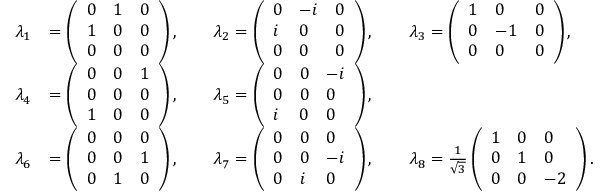
\begin{array} { r l } { \lambda _ { 1 } } & { = \left( \begin{array} { l l l } { 0 } & { 1 } & { 0 } \\ { 1 } & { 0 } & { 0 } \\ { 0 } & { 0 } & { 0 } \end{array} \right) , \qquad \lambda _ { 2 } = \left( \begin{array} { l l l } { 0 } & { - i } & { 0 } \\ { i } & { 0 } & { 0 } \\ { 0 } & { 0 } & { 0 } \end{array} \right) , \qquad \lambda _ { 3 } = \left( \begin{array} { l l l } { 1 } & { 0 } & { 0 } \\ { 0 } & { - 1 } & { 0 } \\ { 0 } & { 0 } & { 0 } \end{array} \right) , } \\ { \lambda _ { 4 } } & { = \left( \begin{array} { l l l } { 0 } & { 0 } & { 1 } \\ { 0 } & { 0 } & { 0 } \\ { 1 } & { 0 } & { 0 } \end{array} \right) , \qquad \lambda _ { 5 } = \left( \begin{array} { l l l } { 0 } & { 0 } & { - i } \\ { 0 } & { 0 } & { 0 } \\ { i } & { 0 } & { 0 } \end{array} \right) , } \\ { \lambda _ { 6 } } & { = \left( \begin{array} { l l l } { 0 } & { 0 } & { 0 } \\ { 0 } & { 0 } & { 1 } \\ { 0 } & { 1 } & { 0 } \end{array} \right) , \qquad \lambda _ { 7 } = \left( \begin{array} { l l l } { 0 } & { 0 } & { 0 } \\ { 0 } & { 0 } & { - i } \\ { 0 } & { i } & { 0 } \end{array} \right) , \qquad \lambda _ { 8 } = \frac { 1 } { \sqrt { 3 } } \left( \begin{array} { l l l } { 1 } & { 0 } & { 0 } \\ { 0 } & { 1 } & { 0 } \\ { 0 } & { 0 } & { - 2 } \end{array} \right) . } \end{array}